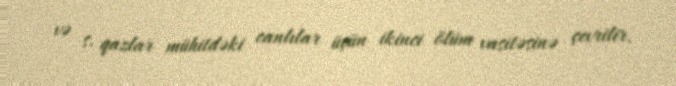
və s. qazlar mühitdəki canlılar üçün ikinci ölüm vasitəsinə çevrilir.